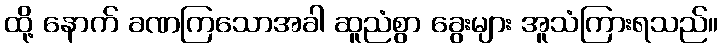
ထို့ နောက် ခဏကြသောအခါ ဆူညံစွာ ခွေးများ အူသံကြားရသည်။